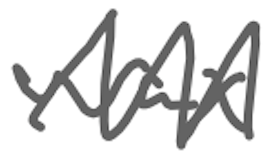
Text: wax
Cross-out: zig-zag
Writing tool: digital_gray